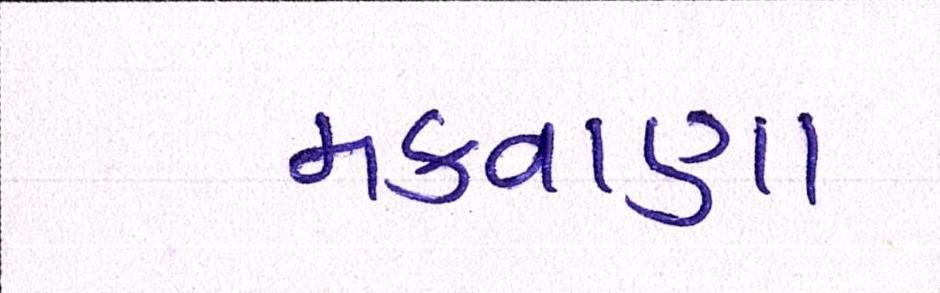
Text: મકવાણા